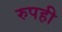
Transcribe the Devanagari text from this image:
रुपही